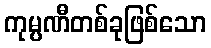
ကုမ္ပဏီတစ်ခုဖြစ်သော